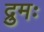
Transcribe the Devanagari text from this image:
द्रुमः